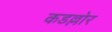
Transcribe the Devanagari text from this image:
कडल्लोर